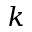
k